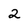
Character: 2